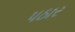
પઠાર